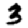
Digit: 3